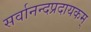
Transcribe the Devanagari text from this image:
सर्वानन्दप्रदायकम्